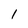
Character: 1